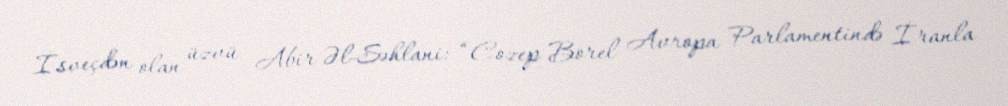
İsveçdən olan üzvü Abir Əl-Səhlani: “Cozep Borel Avropa Parlamentində İranla